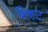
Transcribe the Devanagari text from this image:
बैकट